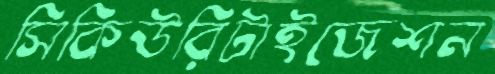
সিকিউরিটাইজেশন